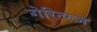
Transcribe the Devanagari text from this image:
गेरित्स्ज़